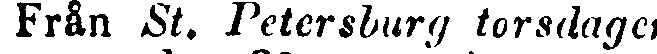
Från St. Petersburg torsdagen